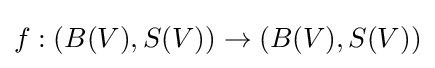
f:(B(V),S(V))\to (B(V),S(V))